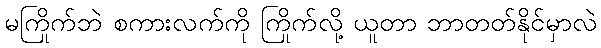
မကြိုက်ဘဲ စကားလက်ကို ကြိုက်လို့ ယူတာ ဘာတတ်နိုင်မှာလဲ